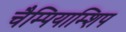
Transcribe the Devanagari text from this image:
चैम्पियाम्शिप